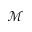
\mathcal { M }